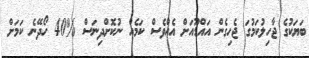
ބަޔަކުގެ ޖާހިލުކަމުގަ ޖެހިގެން އައްޑޫއަށް އެއްވެސް ކަމެއް ނުކޮށްދިނަސް %40 ހޯދޭނެ ކަމަށް